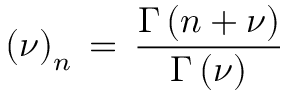
\left( \nu \right) _ { n } \, = \, \frac { \Gamma \left( n + \nu \right) } { \Gamma \left( \nu \right) } \,